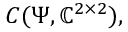
C ( \Psi , \mathbb { C } ^ { 2 \times 2 } ) ,